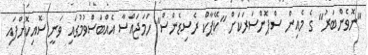
"ނޮވެންބަރު" ގެ މެއިން ސްޕޮންސަރަކަށް "ކޭޕާކް ރެސިޑެންސް" ހަމަޖައްސާ އެއްބަސްވުމުގައި ވަނީ ސޮއިކޮށްފައި